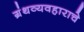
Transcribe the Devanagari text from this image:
ग्रंथव्यवहाराचे